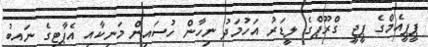
ޕީޕީއެމްގެ ޕީޖީ ގްރޫޕްގެ ލީޑަރު އަހުމަދު ނިހާން ހުސައިން މަނިކާއި އެޕާޓީގެ ނައިބު